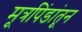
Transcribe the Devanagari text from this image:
मूत्रपिंडांतून